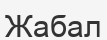
Жабал